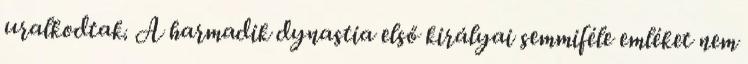
uralkodtak. A harmadik dynastia első királyai semmiféle emléket nem